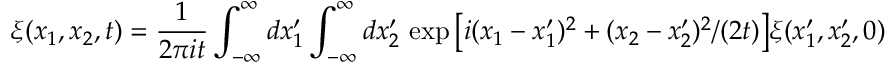
\xi ( x _ { 1 } , x _ { 2 } , t ) = \frac { 1 } { 2 \pi i t } \int _ { - \infty } ^ { \infty } d x _ { 1 } ^ { \prime } \int _ { - \infty } ^ { \infty } d x _ { 2 } ^ { \prime } \, \exp \big [ i ( x _ { 1 } - x _ { 1 } ^ { \prime } ) ^ { 2 } + ( x _ { 2 } - x _ { 2 } ^ { \prime } ) ^ { 2 } / ( 2 t ) \big ] \xi ( x _ { 1 } ^ { \prime } , x _ { 2 } ^ { \prime } , 0 )